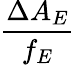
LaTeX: \frac{\Delta A_{E}}{f_{E}}